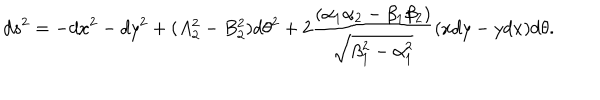
d s ^ { 2 } = - d x ^ { 2 } - d y ^ { 2 } + ( A _ { 2 } ^ { 2 } - B _ { 2 } ^ { 2 } ) d \theta ^ { 2 } + 2 { \frac { ( \alpha _ { 1 } \alpha _ { 2 } - \beta _ { 1 } \beta _ { 2 } ) } { \sqrt { \beta _ { 1 } ^ { 2 } - \alpha _ { 1 } ^ { 2 } } } } ( x d y - y d x ) d \theta .